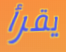
يقرأ